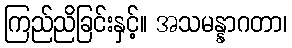
ကြည်ညိခြင်းနှင့်။ အသမန္နာဂတာ၊